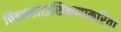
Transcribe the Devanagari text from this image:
चित्रकलाप्रशिक्षणाकरिता